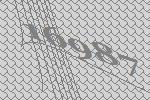
16987